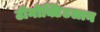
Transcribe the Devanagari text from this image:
टीनोक्टिटलान